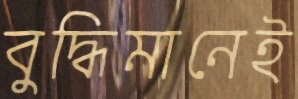
বুদ্ধিমানেই